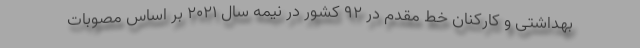
بهداشتی و کارکنان خط مقدم در ۹۲ کشور در نیمه سال ۲۰۲۱ بر اساس مصوبات